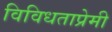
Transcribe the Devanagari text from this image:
विविधताप्रेमी